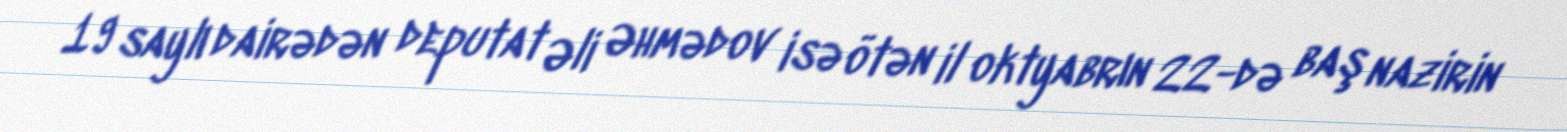
19 saylı dairədən deputat Əli Əhmədov isə ötən il oktyabrın 22-də baş nazirin